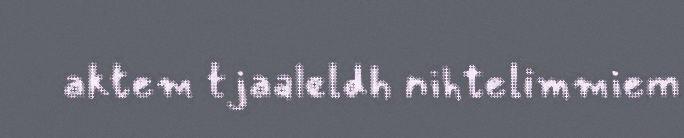
aktem tjaaleldh nihtelimmiem